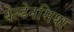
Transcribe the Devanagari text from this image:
बेल्डेनसिया